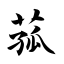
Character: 菰